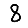
Digit: 8